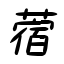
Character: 蓿